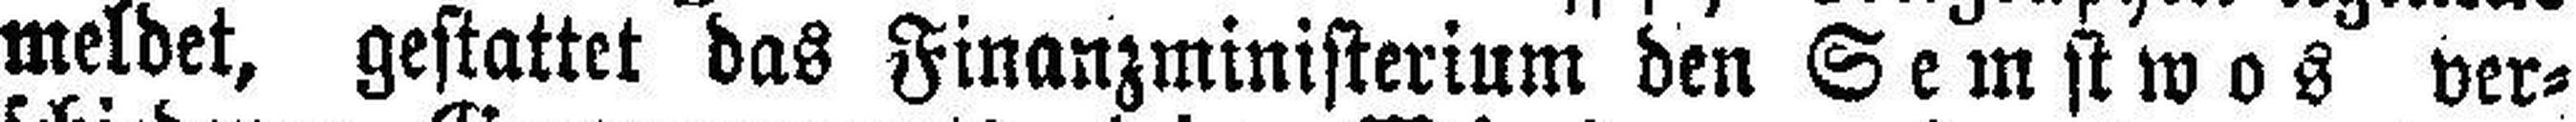
meldet, gestattet das Finanzministerium den Semstwos ver¬